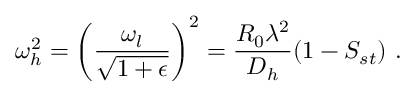
\omega _ { h } ^ { 2 } = \left( \frac { \omega _ { l } } { \sqrt { 1 + \epsilon } } \right) ^ { 2 } = \frac { R _ { 0 } \lambda ^ { 2 } } { D _ { h } } ( 1 - S _ { s t } ) \ .